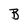
Character: B